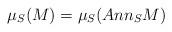
LaTeX: \begin{align*} \mu_{S}(M)=\mu_{S}(Ann_{S}M)\end{align*}